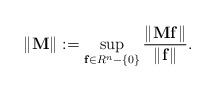
\begin{align*}\left\| \mathbf{M} \right\|:=\sup_{\mathbf{f}\in R^{n}-\left\{0\right\}} \frac{\left\| \mathbf{Mf} \right\|}{\left\| \mathbf{f} \right\|}.\end{align*}